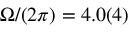
\Omega / ( 2 \pi ) = 4 . 0 ( 4 )